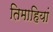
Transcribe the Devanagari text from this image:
तिमाहियां